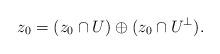
LaTeX: \begin{align*} z_0=(z_0\cap U) \oplus (z_0\cap U^\bot).\end{align*}